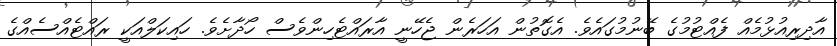
އާދިރިއުޅުމެއް ފެއްޓުމުގެ ބޭނުމުގައެވެ. އެގޮތުން އަހަރެން ޖެހޭނީ އާރައްޓެހިންވެސް ހޯދާށެވެ. ހައިކަލްއަކީ ރައްޓެއްސެއްގެ